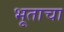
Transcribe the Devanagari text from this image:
भूताचा